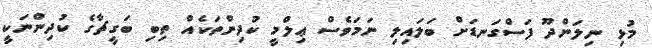
މުޅި ނިލަންދޫ ފަސްގަނޑަށް ބަލައިލި ނަމަވެސް ޢިލްމީ ކުދިންތަކެއް ތިބި ބަގީޗާގެ ކުދިންނަކީ